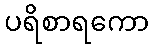
ပရိစာရကော